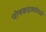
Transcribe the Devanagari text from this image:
पोषकद्रव्यांमध्ये